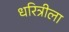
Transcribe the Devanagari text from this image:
धरित्रीला